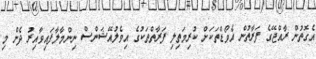
އެގޮތުން ރާއްޖޭގެ ފަރާތުން އެވޯޑްތަކަށް ކުރިމަތިލި ފަރާތްތަކުގެ އިވެލުއޭޝަންސް ނިންމާލާފައިވާއިރު ދެން މި